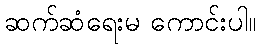
ဆက်ဆံရေးမ ကောင်းပါ။